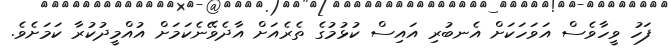
ފަހު ވީހާވެސް އަވަހަކަށް އެނބުރި އައިސް ކުޅުމުގެ ތެރެއަށް އާދެވޭނެކަމަށް އުއްމީދުކުރާ ކަމަށެވެ.